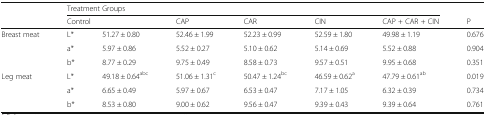
| <ROWSPAN=2>  | <COLSPAN=6> Treatment Groups |  |
 | <COLSPAN=2> Control | CAP | CAR | CIN | CAP + CAR + CIN | P |
 | --- | --- | --- | --- | --- | --- | --- | --- |
 | <ROWSPAN=3> Breast meat | L* | 51.27 ± 0.80 | 52.46 ± 1.99 | 52.23 ± 0.99 | 52.59 ± 1.80 | 49.98 ± 1.19 | 0.676 |
 | a* | 5.97 ± 0.86 | 5.52 ± 0.27 | 5.10 ± 0.62 | 5.14 ± 0.69 | 5.52 ± 0.88 | 0.904 |
 | b* | 8.77 ± 0.29 | 9.75 ± 0.49 | 8.58 ± 0.73 | 9.57 ± 0.51 | 9.95 ± 0.68 | 0.351 |
 | <ROWSPAN=3> Leg meat | L* | 49.18 ± 0.64abc | 51.06 ± 1.31c | 50.47 ± 1.24bc | 46.59 ± 0.62a | 47.79 ± 0.61ab | 0.019 |
 | a* | 6.65 ± 0.49 | 5.97 ± 0.67 | 6.53 ± 0.47 | 7.17 ± 1.05 | 6.32 ± 0.39 | 0.734 |
 | b* | 8.53 ± 0.80 | 9.00 ± 0.62 | 9.56 ± 0.47 | 9.39 ± 0.43 | 9.39 ± 0.64 | 0.761 |